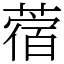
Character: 蓿